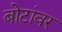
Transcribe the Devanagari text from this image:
बोटांवर